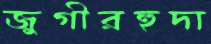
জুগীরহুদা